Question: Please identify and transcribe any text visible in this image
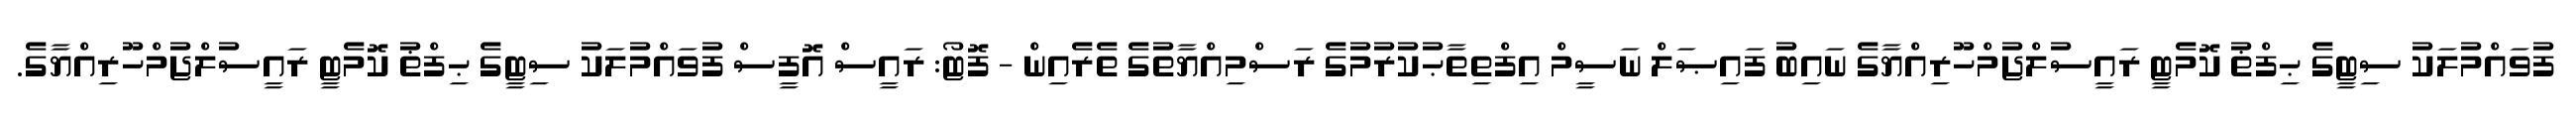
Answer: ފުވައްމުލަކު ސިޓީގެ ޙިފްޡު ކޮމެޓީ ރައީސުލްޖުމްހޫރިއްޔާގެ ނައިބު ފައިޞަލް ނަސީމް އިފްތިތާޙުކުރުމުގެ ރަސްމިއްޔާތުގެ ތެރެއިން - ފޮޓޯ: ރައީސް އޮފީސް ފުވައްމުލަކު ސިޓީގެ ޙިފްޡު ކޮމެޓީ ރައީސުލްޖުމްހޫރިއްޔާގެ.